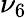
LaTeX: \nu_{6}